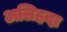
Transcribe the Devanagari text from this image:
अलिहदा